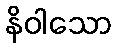
နိဝါသော